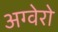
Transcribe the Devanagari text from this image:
अग्वेरो